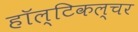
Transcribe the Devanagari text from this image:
हॉल्टिकल्चर